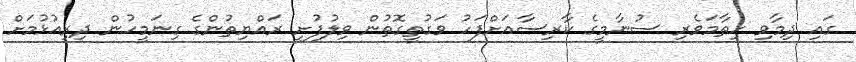
ގައި ދިމާވި ހިތާމަވެރި ސުނާމީގެ ކާރިސާއަށްފަހު ވަގުތީގޮތުން ވިލުފުށީ ރައްޔިތުންގެ ގިނަމީހުން ދިރިއުޅުމަށް